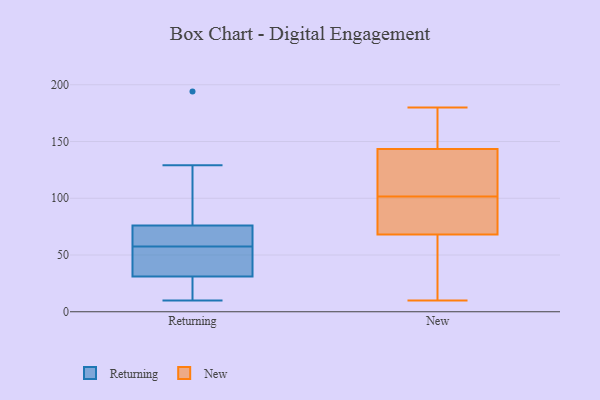
{"axis": {"x": "Gross Profit (USD K)", "y": "Value"}, "legend": ["New", "Returning"], "data": [{"x": "", "y": 59, "type": "Returning"}, {"x": "", "y": 54, "type": "Returning"}, {"x": "", "y": 22, "type": "Returning"}, {"x": "", "y": 27, "type": "Returning"}, {"x": "", "y": 10, "type": "Returning"}, {"x": "", "y": 32, "type": "Returning"}, {"x": "", "y": 57, "type": "Returning"}, {"x": "", "y": 129, "type": "Returning"}, {"x": "", "y": 65, "type": "Returning"}, {"x": "", "y": 76, "type": "Returning"}, {"x": "", "y": 194, "type": "Returning"}, {"x": "", "y": 120, "type": "Returning"}, {"x": "", "y": 31, "type": "Returning"}, {"x": "", "y": 58, "type": "Returning"}, {"x": "", "y": 104, "type": "New"}, {"x": "", "y": 75, "type": "New"}, {"x": "", "y": 179, "type": "New"}, {"x": "", "y": 65, "type": "New"}, {"x": "", "y": 10, "type": "New"}, {"x": "", "y": 32, "type": "New"}, {"x": "", "y": 180, "type": "New"}, {"x": "", "y": 169, "type": "New"}, {"x": "", "y": 71, "type": "New"}, {"x": "", "y": 112, "type": "New"}, {"x": "", "y": 99, "type": "New"}, {"x": "", "y": 169, "type": "New"}, {"x": "", "y": 112, "type": "New"}, {"x": "", "y": 60, "type": "New"}, {"x": "", "y": 82, "type": "New"}, {"x": "", "y": 118, "type": "New"}]}